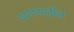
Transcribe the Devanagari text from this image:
वागण्यातील